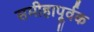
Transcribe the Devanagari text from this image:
समीहापूर्वक